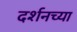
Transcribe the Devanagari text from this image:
दर्शनच्या